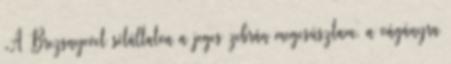
„A Brezsnyevet sétáltatva a jeges zebrán megcsúsztam, a vágányra